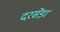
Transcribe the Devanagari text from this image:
दरसेंड़ा